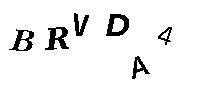
BRVDA4